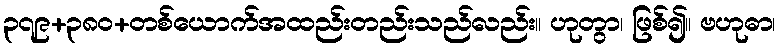
၃၇၉+၃၈၀+တစ်ယောက်အထည်းတည်းသည်လည်း။ ဟုတွာ၊ ဖြစ်၍။ ဗဟုဓာ၊